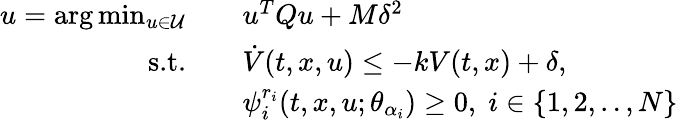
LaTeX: \begin{array}{rl}{u=\arg\operatorname*{min}_{u\in\mathcal{U}}\quad}&{u^{T}Qu+M\delta^{2}}\\ {\textrm{s.t.}\quad}&{\dot{V}(t,x,u)\leq-kV(t,x)+\delta,}\\ &{\psi_{i}^{r_{i}}(t,x,u;\theta_{\alpha_{i}})\geq 0,\; i\in\{ 1,2,..,N\} }\end{array}